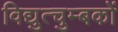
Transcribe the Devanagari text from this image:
विद्युत्चुम्बकों